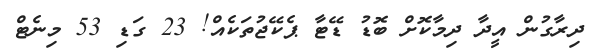
ދިރާގުން އީދާ ދިމާކޮށް ބޮޑު ޑޭޓާ ޕެކޭޖުތަކެއް! 23 ގަޑި 53 މިނެޓް